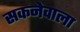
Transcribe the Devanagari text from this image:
सकनेवाला